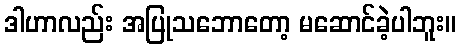
ဒါဟာလည်း အပြုသဘောတော့ မဆောင်ခဲ့ပါဘူး။